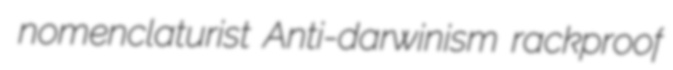
nomenclaturist Anti-darwinism rackproof